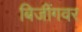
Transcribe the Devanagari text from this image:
बिजींगवर